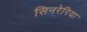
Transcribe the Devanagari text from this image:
सिनरेरिया